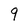
Character: 9